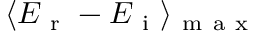
\langle E _ { \mathrm { ~ r ~ } } - E _ { \mathrm { ~ i ~ } } \rangle _ { \mathrm { ~ m ~ a ~ x ~ } }